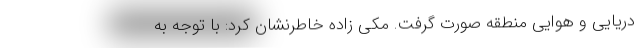
دریایی و هوایی منطقه صورت گرفت. مکی زاده خاطرنشان کرد: با توجه به